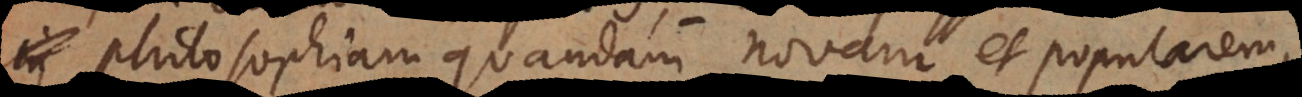
passim in quandam novam et popularem,